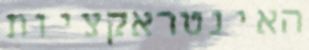
האינטראקציות